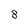
Character: 8